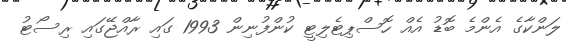
ލަންކާގެ އެންމެ ބޮޑު އެއް ހޮސްޕިޓެލިޓީ ކުންފުނިން 1993 ގައި ރާއްޖޭގައި ރިސޯޓު